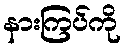
နားကြပ်ကို